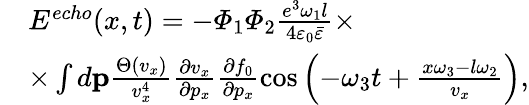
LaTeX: \begin{array}{rl}&{E^{echo}(x,t)=-\varPhi_{1}\varPhi_{2}\frac{e^{3}\omega_{1}l}{4\varepsilon_{0}\bar{\varepsilon}}\times}\\ &{\times\int d{\mathbf p}\frac{\Theta(v_{x})}{v_{x}^{4}}\frac{\partial v_{x}}{\partial p_{x}}\frac{\partial f_{0}}{\partial p_{x}}\cos\left(-\omega_{3}t+\frac{x\omega_{3}-l\omega_{2}}{v_{x}}\right),}\end{array}